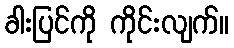
ခါးပြင်ကို ကိုင်းလျက်။